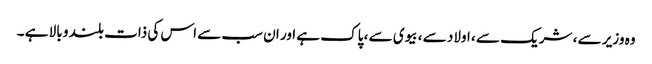
وہ وزیر سے ، شریک سے ، اولاد سے ، بیوی سے ، پاک ہے اور ان سب سے اس کی ذات بلند و بالا ہے ۔